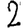
Digit: 2